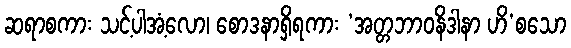
ဆရာစကား သင့်ပါအံ့လော၊ စောဒနာရှိရကား ‘အတ္တဘာဝနိဒါနာ ဟိ’စသော